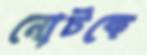
নোটকে